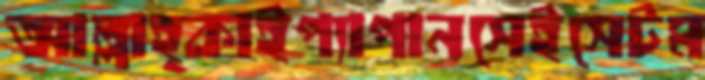
আল্লাহ্‌কাইপ্যাপানসেইসেটম